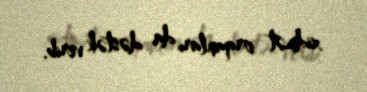
xidmət orqanları da dəstək verib.